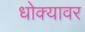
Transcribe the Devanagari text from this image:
धोक्यावर